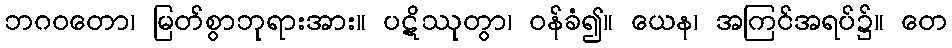
ဘဂဝတော၊ မြတ်စွာဘုရားအား။ ပဋိဿုတွာ၊ ဝန်ခံ၍။ ယေန၊ အကြင်အရပ်၌။ တေ